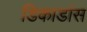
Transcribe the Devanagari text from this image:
डिकाडांस